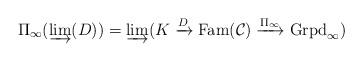
LaTeX: \begin{align*}\Pi_{\infty}(\varinjlim(D))=\varinjlim(K\xrightarrow{D}\mathrm{Fam}(\mathcal{C})\xrightarrow{\Pi_{\infty}}\mathrm{Grpd}_{\infty})\end{align*}